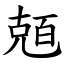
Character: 兡